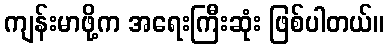
ကျန်းမာဖို့က အရေးကြီးဆုံး ဖြစ်ပါတယ်။